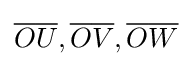
{\overline {O}}{\overline {U}},{\overline {O}}{\overline {V}},{\overline {O}}{\overline {W}}